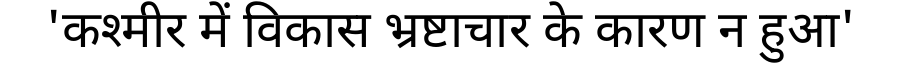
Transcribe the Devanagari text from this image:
'कश्मीर में विकास भ्रष्टाचार के कारण न हुआ'